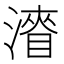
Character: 𭲛